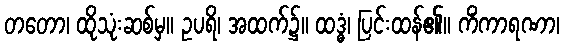
တတော၊ ထိုသုံးဆစ်မှ။ ဥပရိ၊ အထက်၌။ ထဒ္ဓံ၊ ပြင်းထန်၏။ ကိံကာရဏာ၊